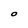
Character: O